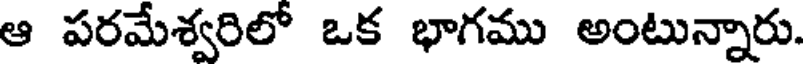
ఆ పరమేశ్వరిలో ఒక భాగము అంటున్నారు.